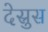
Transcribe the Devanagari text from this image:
देस्रुस